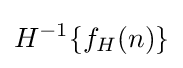
H^{-1}\{f_{H}(n)\}